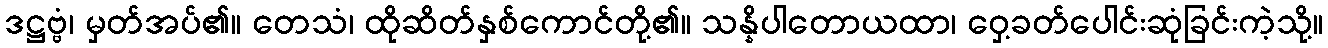
ဒဋ္ဌဗ္ဗံ၊ မှတ်အပ်၏။ တေသံ၊ ထိုဆိတ်နှစ်ကောင်တို့၏။ သန္နိပါတောယထာ၊ ဝှေ့ခတ်ပေါင်းဆုံခြင်းကဲ့သို့။